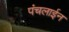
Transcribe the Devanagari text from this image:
पंचलाईन